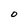
Character: O